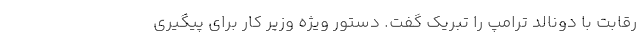
رقابت با دونالد ترامپ را تبریک گفت. دستور ویژه وزیر کار برای پیگیری